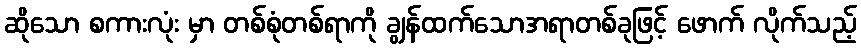
ဆိုသော စကားလုံး မှာ တစ်စုံတစ်ရာကို ချွန်ထက်သောအရာတစ်ခုဖြင့် ဖောက် လိုက်သည့်